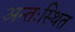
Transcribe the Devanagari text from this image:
अन्तःस्थित